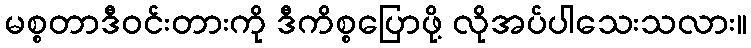
မစ္စတာဒီဝင်းတားကို ဒီကိစ္စပြောဖို့ လိုအပ်ပါသေးသလား။